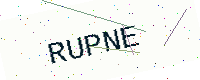
Text: RUPNE